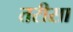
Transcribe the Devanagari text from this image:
तरीसा